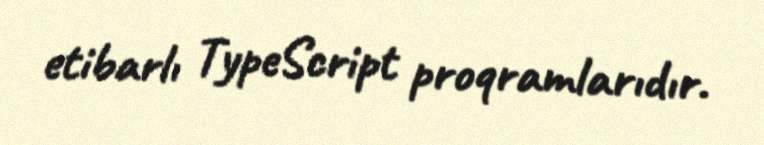
etibarlı TypeScript proqramlarıdır.